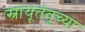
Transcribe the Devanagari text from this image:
स्नायूतंतूच्या